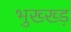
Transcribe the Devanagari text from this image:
भुख्ख्ड़